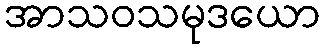
အာသဝသမုဒယော